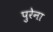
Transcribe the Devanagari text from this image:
पुरेना